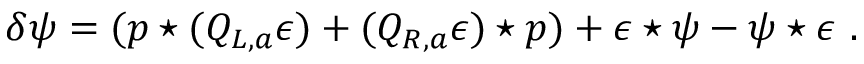
\delta \psi = ( p \star ( Q _ { L , a } \epsilon ) + ( Q _ { R , a } \epsilon ) \star p ) + \epsilon \star \psi - \psi \star \epsilon \, \, .